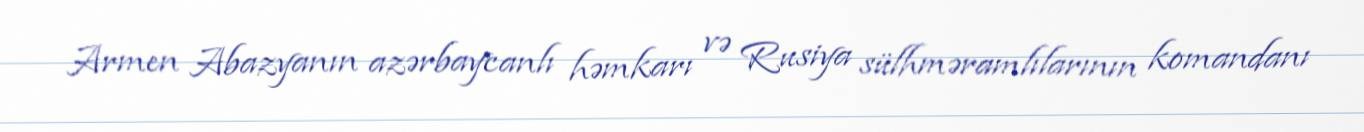
Armen Abazyanın azərbaycanlı həmkarı və Rusiya sülhməramlılarının komandanı